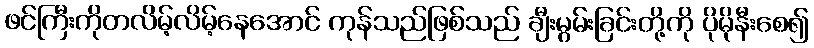
ဖင်ကြီးကိုတလိမ့်လိမ့်နေအောင် ကုန်သည်ဖြစ်သည် ချီးမွမ်းခြင်းတို့ကို ပိုမိုနီးစေ၍